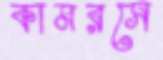
কামরসে